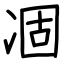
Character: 凅